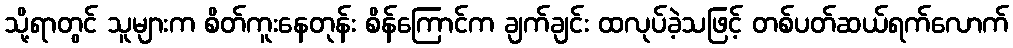
သို့ရာတွင် သူများက စိတ်ကူးနေတုန်း စိန်ကြောင်က ချက်ချင်း ထလုပ်ခဲ့သဖြင့် တစ်ပတ်ဆယ်ရက်လောက်